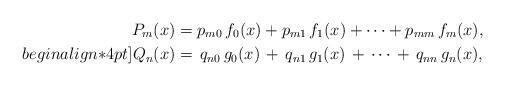
LaTeX: \begin{align*}P_m(x)&=p_{m0}\,f_0(x)+p_{m1}\,f_1(x)+\cdots+p_{mm}\,f_m(x),\\begin{align*}4pt]Q_n(x)&=\,q_{n0}\,g_0(x)\,+\,q_{n1}\,g_1(x)\,+\,\cdots\,+\,q_{nn}\,g_n(x), \end{align*}